Report of the Municipal Commissioner on the plague in Bombay for the year ending 31st May... - Volume 1
Disease focus: Plague
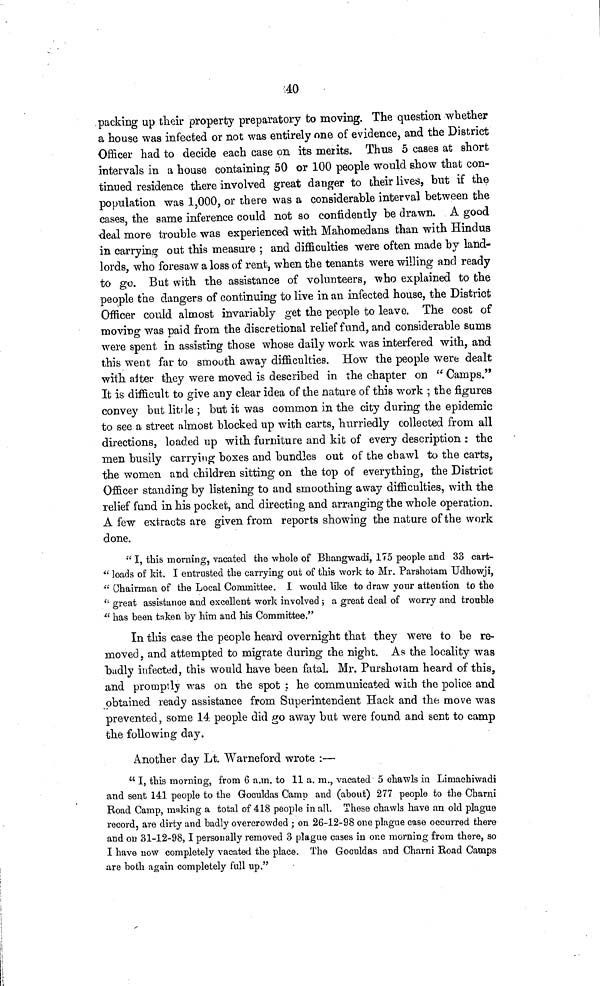
40
packing up their property preparatory to moving. The question whether
a house was infected or not was entirely one of evidence, and the District
Officer had to decide each case on its merits. Thus 5 cases at short
intervals in a house containing 50 or 100 people would show that con-
tinued residence there involved great danger to their lives, but if the
population was 1,000, or there was a considerable interval between the
cases, the same inference could not so confidently be drawn. A good
deal more trouble was experienced with Mahomedans than with Hindus
in carrying out this measure ; and difficulties were often made by land-
lords, who foresaw a loss of rent, when the tenants were willing and ready
to go. But with the assistance of volunteers, who explained to the
people the dangers of continuing to live in an infected house, the District
Officer could almost invariably get the people to leave. The cost of
moving was paid from the discretional relief fund, and considerable sums
were spent in assisting those whose daily work was interfered with, and
this went far to smooth away difficulties. How the people were dealt
with aiter they were moved is described in the chapter on " Camps."
It is difficult to give any clear idea of the nature of this work ; the figures
convey but little ; but it was common in the city during the epidemic
to see a street almost blocked up with carts, hurriedly collected from all
directions, loaded up with furniture and kit of every description : the
men busily carrying boxes and bundles out of the chawl to the carts,
the women and children sitting on the top of everything, the District
Officer standing by listening to and smoothing away difficulties, with the
relief fund in his pocket, and directing and arranging the whole operation.
A few extracts are given from reports showing the nature of the work
done.
" I, this morning, vacated the whole of Bhangwadi, 175 people and 33 cart-
" loads of kit. I entrusted the carrying out of this work to Mr. Parshotam Udhowji,
" Chairman of the Local Committee. I would like to draw your attention to the
" great assistance and excellent work involved ; a great deal of worry and trouble
" has been taken by him and his Committee."
In this case the people heard overnight that they were to be re-
moved , and attempted to migrate during che night. As the locality was
hadly infected, this would have been fatal. Mr. Purshotam heard of this,
and promptly was on the spot ; he communicated with the police and
obtained ready assistance from Superintendent Hack and the move was
prevented, some 14. people did go away but were found and sent to camp
the following day.
Another day Lt. Warneford wrote :—
" I, this morning, from 6 a.m. to 11 a. m., vacated 5 chawls in Limachiwadi
and sent 141 people to the Goculdas Camp and (about) 277 people to the Charni
Road Camp, making a total of 418 people in all. These chawls have an old plague
record, are dirty and badly overcrowded ; on 26-12-98 one plague case occurred there
and ou 31-12-98, I personally removed 3 plague cases in one morning from there, so
I have now completely vacated the place. The Goculdas and Charni Road Camps
are both again completely full up."